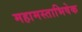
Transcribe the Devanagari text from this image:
महामस्ताभिषेक